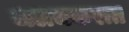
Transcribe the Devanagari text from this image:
जलचकरात